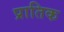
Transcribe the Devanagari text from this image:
प्रातिक